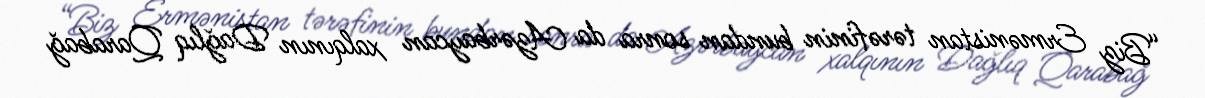
“Biz Ermənistan tərəfinin bundan sonra da Azərbaycan xalqının Dağlıq Qarabağ